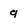
Character: g